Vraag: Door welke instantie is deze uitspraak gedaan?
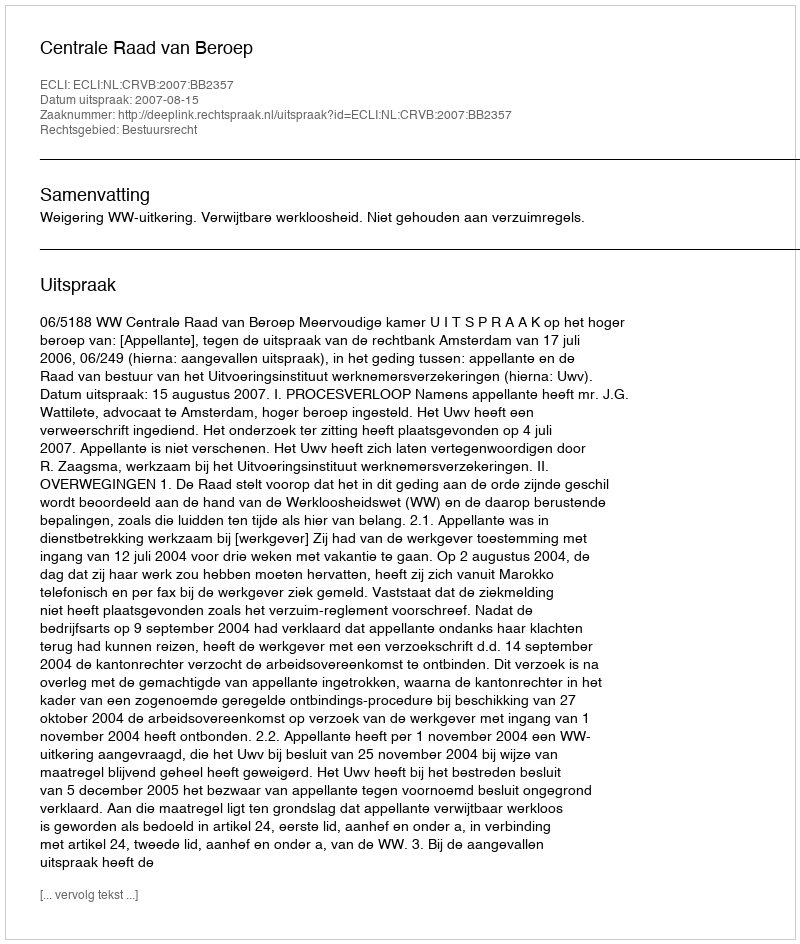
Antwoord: Centrale Raad van Beroep